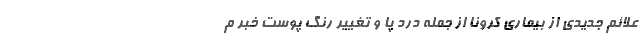
علائم جدیدی از بیماری کرونا از جمله درد پا و تغییر رنگ پوست خبر م